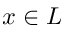
x \in L